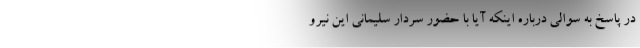
در پاسخ به سوالی درباره اینکه آیا با حضور سردار سلیمانی این نیرو